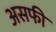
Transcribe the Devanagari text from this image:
असफी